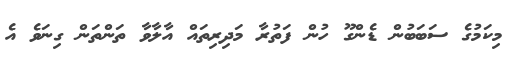
މިކަމުގެ ސަބަބުން ޑެންގޫ ހުން ފަތުރާ މަދިރިތައް އާލާވާ ތަންތަން ގިނަވެ އެ